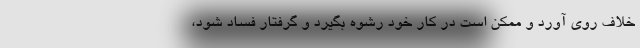
خلاف روی آورد و ممکن است در کار خود رشوه بگیرد و گرفتار فساد شود،